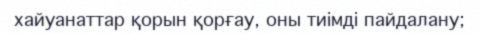
хайуанаттар қорын қорғау, оны тиімді пайдалану;